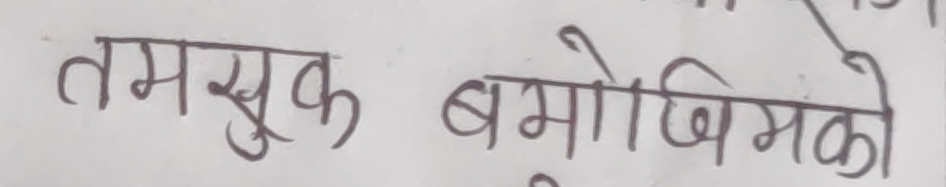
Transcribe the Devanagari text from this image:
तमुक बमोजिमको